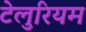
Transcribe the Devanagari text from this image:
टेलुरियम